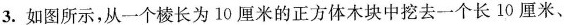
3.如图所示，从一个棱长为10厘米的正方体木块中挖去一个长10厘米、